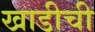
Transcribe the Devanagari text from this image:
खाडीची